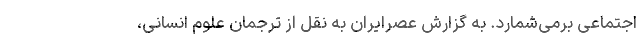
اجتماعی برمی‌شمارد. به گزارش عصرایران به نقل از ترجمان علوم انسانی،